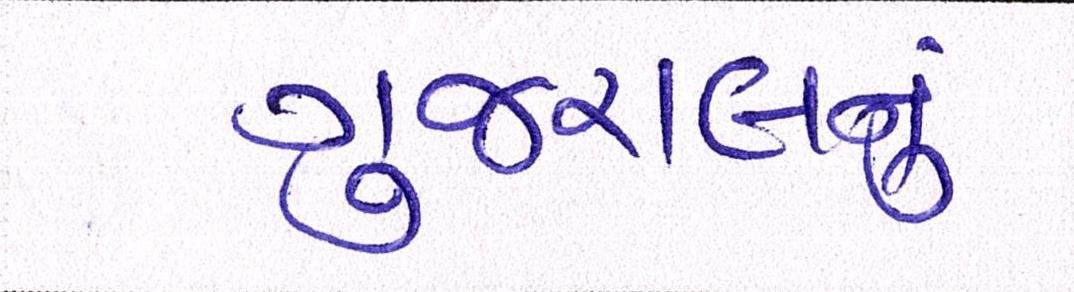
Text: ગુજરાલનું